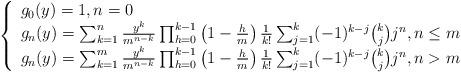
LaTeX: \begin{align*}\left\{\begin{array}{ll}g_0(y)=1, n=0\\g_n(y)=\sum_{k=1}^{n}\frac{y^k}{m^{n-k}}\prod_{h=0}^{k-1}\left(1-\frac{h}{m}\right)\frac{1}{k!}\sum_{j=1}^{k}(-1)^{k-j}\binom{k}{j}j^{n}, n\leq m\\g_n(y)=\sum_{k=1}^{m}\frac{y^k}{m^{n-k}}\prod_{h=0}^{k-1}\left(1-\frac{h}{m}\right)\frac{1}{k!}\sum_{j=1}^{k}(-1)^{k-j}\binom{k}{j}j^{n}, n>m\end{array}\right.\end{align*}